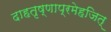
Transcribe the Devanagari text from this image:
दाहतृष्णाप्रमेहजित्‌